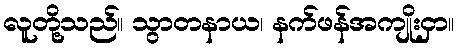
လူတို့သည်။ သွာတနာယ၊ နက်ဖန်အကျိုးငှာ။